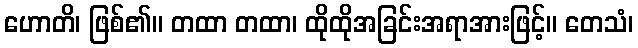
ဟောတိ၊ ဖြစ်၏။ တထာ တထာ၊ ထိုထိုအခြင်းအရာအားဖြင့်။ တေသံ၊